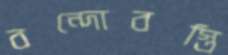
বন্দোবস্তি